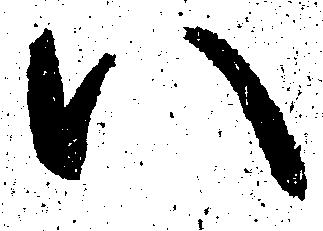
い